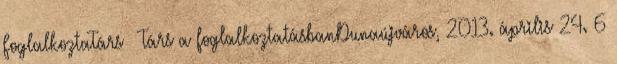
FoglalkoztaTárs – Társ a foglalkoztatásbanDunaújváros, 2013. április 24. 6